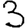
Digit: 3